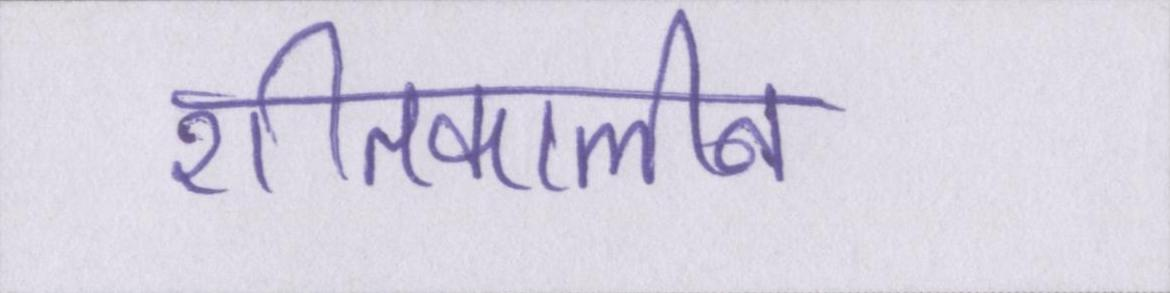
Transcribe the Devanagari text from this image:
शीतकालीन